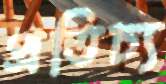
প্রতিচ্য